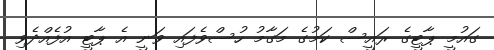
ގައުމީ ޕާޓީގެ ރައީސް ކަމުގެ މަގާމު ހުސްވެފައި ވަނީ އެ ޕާޓީ އުފެއްދެވި